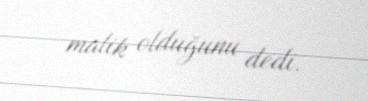
malik olduğunu dedi.